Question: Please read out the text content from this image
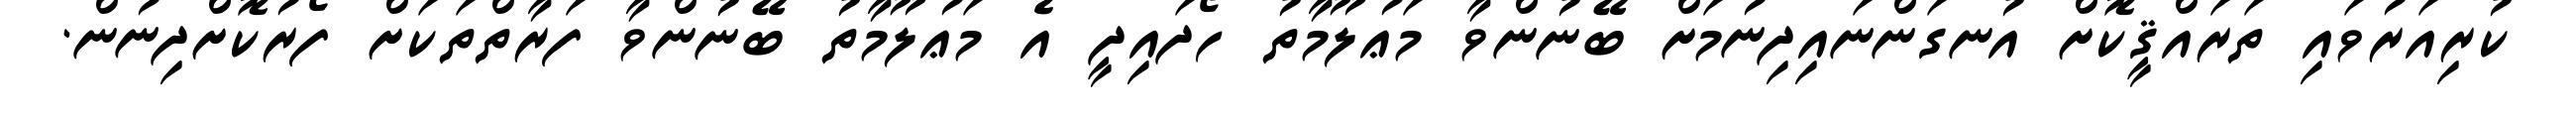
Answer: ކުރިއަރުވައި ތަރައްޤީކޮށް އުނގަންނައިދިނުމަށް ބޭނުންވާ މަޢުލޫމާތު ހޯދައިދީ އެ މަޢުލޫމާތު ބޭނުންވާ ފަރާތްތަކަށް ފޯރުކޮށްދިނުން.